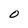
Character: O